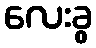
လေးခွ